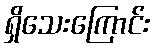
ရှိသေးကြောင်း